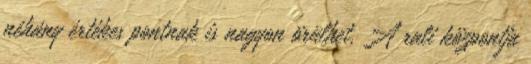
néhány értékes pontnak is nagyon örülhet. A rali központja